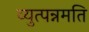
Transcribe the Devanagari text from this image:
व्युत्पन्नमति